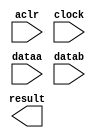
// megafunction wizard: %LPM_MULT%VBB%
// GENERATION: STANDARD
// VERSION: WM1.0
// MODULE: lpm_mult 

// ============================================================
// Megafunction Name(s):
// 			lpm_mult
//
// Simulation Library Files(s):
// 			lpm
// ============================================================
// ************************************************************
// THIS IS A WIZARD-GENERATED FILE. DO NOT EDIT THIS FILE!
//
// 18.1.0 Build 625 09/12/2018 SJ Lite Edition
// ************************************************************

//Copyright (C) 2018  Intel Corporation. All rights reserved.
//Your use of Intel Corporation's design tools, logic functions 
//and other software and tools, and its AMPP partner logic 
//functions, and any output files from any of the foregoing 
//(including device programming or simulation files), and any 
//associated documentation or information are expressly subject 
//to the terms and conditions of the Intel Program License 
//Subscription Agreement, the Intel Quartus Prime License Agreement,
//the Intel FPGA IP License Agreement, or other applicable license
//agreement, including, without limitation, that your use is for
//the sole purpose of programming logic devices manufactured by
//Intel and sold by Intel or its authorized distributors.  Please
//refer to the applicable agreement for further details.

module mul_signed (
	aclr,
	clock,
	dataa,
	datab,
	result);

	input	  aclr;
	input	  clock;
	input	[31:0]  dataa;
	input	[31:0]  datab;
	output	[63:0]  result;

endmodule

// ============================================================
// CNX file retrieval info
// ============================================================
// Retrieval info: PRIVATE: AutoSizeResult NUMERIC "1"
// Retrieval info: PRIVATE: B_isConstant NUMERIC "0"
// Retrieval info: PRIVATE: ConstantB NUMERIC "0"
// Retrieval info: PRIVATE: INTENDED_DEVICE_FAMILY STRING "Cyclone IV E"
// Retrieval info: PRIVATE: LPM_PIPELINE NUMERIC "3"
// Retrieval info: PRIVATE: Latency NUMERIC "1"
// Retrieval info: PRIVATE: SYNTH_WRAPPER_GEN_POSTFIX STRING "1"
// Retrieval info: PRIVATE: SignedMult NUMERIC "1"
// Retrieval info: PRIVATE: USE_MULT NUMERIC "1"
// Retrieval info: PRIVATE: ValidConstant NUMERIC "0"
// Retrieval info: PRIVATE: WidthA NUMERIC "32"
// Retrieval info: PRIVATE: WidthB NUMERIC "32"
// Retrieval info: PRIVATE: WidthP NUMERIC "64"
// Retrieval info: PRIVATE: aclr NUMERIC "1"
// Retrieval info: PRIVATE: clken NUMERIC "0"
// Retrieval info: PRIVATE: new_diagram STRING "1"
// Retrieval info: PRIVATE: optimize NUMERIC "1"
// Retrieval info: LIBRARY: lpm lpm.lpm_components.all
// Retrieval info: CONSTANT: LPM_HINT STRING "MAXIMIZE_SPEED=9"
// Retrieval info: CONSTANT: LPM_PIPELINE NUMERIC "3"
// Retrieval info: CONSTANT: LPM_REPRESENTATION STRING "SIGNED"
// Retrieval info: CONSTANT: LPM_TYPE STRING "LPM_MULT"
// Retrieval info: CONSTANT: LPM_WIDTHA NUMERIC "32"
// Retrieval info: CONSTANT: LPM_WIDTHB NUMERIC "32"
// Retrieval info: CONSTANT: LPM_WIDTHP NUMERIC "64"
// Retrieval info: USED_PORT: aclr 0 0 0 0 INPUT NODEFVAL "aclr"
// Retrieval info: USED_PORT: clock 0 0 0 0 INPUT NODEFVAL "clock"
// Retrieval info: USED_PORT: dataa 0 0 32 0 INPUT NODEFVAL "dataa[31..0]"
// Retrieval info: USED_PORT: datab 0 0 32 0 INPUT NODEFVAL "datab[31..0]"
// Retrieval info: USED_PORT: result 0 0 64 0 OUTPUT NODEFVAL "result[63..0]"
// Retrieval info: CONNECT: @aclr 0 0 0 0 aclr 0 0 0 0
// Retrieval info: CONNECT: @clock 0 0 0 0 clock 0 0 0 0
// Retrieval info: CONNECT: @dataa 0 0 32 0 dataa 0 0 32 0
// Retrieval info: CONNECT: @datab 0 0 32 0 datab 0 0 32 0
// Retrieval info: CONNECT: result 0 0 64 0 @result 0 0 64 0
// Retrieval info: GEN_FILE: TYPE_NORMAL mul_signed.v TRUE
// Retrieval info: GEN_FILE: TYPE_NORMAL mul_signed.inc TRUE
// Retrieval info: GEN_FILE: TYPE_NORMAL mul_signed.cmp TRUE
// Retrieval info: GEN_FILE: TYPE_NORMAL mul_signed.bsf TRUE
// Retrieval info: GEN_FILE: TYPE_NORMAL mul_signed_inst.v TRUE
// Retrieval info: GEN_FILE: TYPE_NORMAL mul_signed_bb.v TRUE
// Retrieval info: GEN_FILE: TYPE_NORMAL mul_signed_syn.v TRUE
// Retrieval info: LIB_FILE: lpm